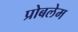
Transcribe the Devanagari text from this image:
प्रोबलेम